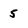
Character: 5